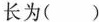
长为()